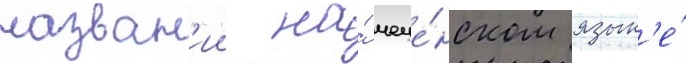
назван'ии на́ чече́нском язык'е́